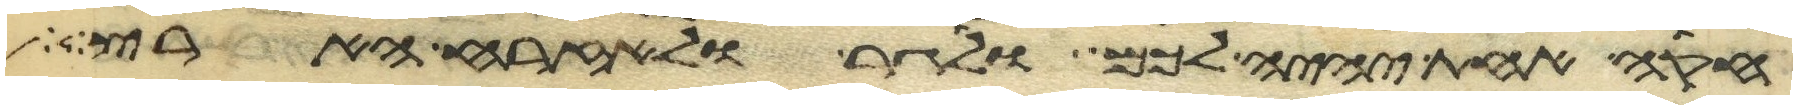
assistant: חקה אחת יהיה לכם ולגר ולאזרח הארץ